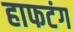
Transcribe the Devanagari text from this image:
हाफटंग